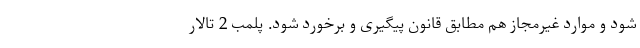
شود و موارد غیرمجاز هم مطابق قانون پیگیری و برخورد شود. پلمب 2 تالار